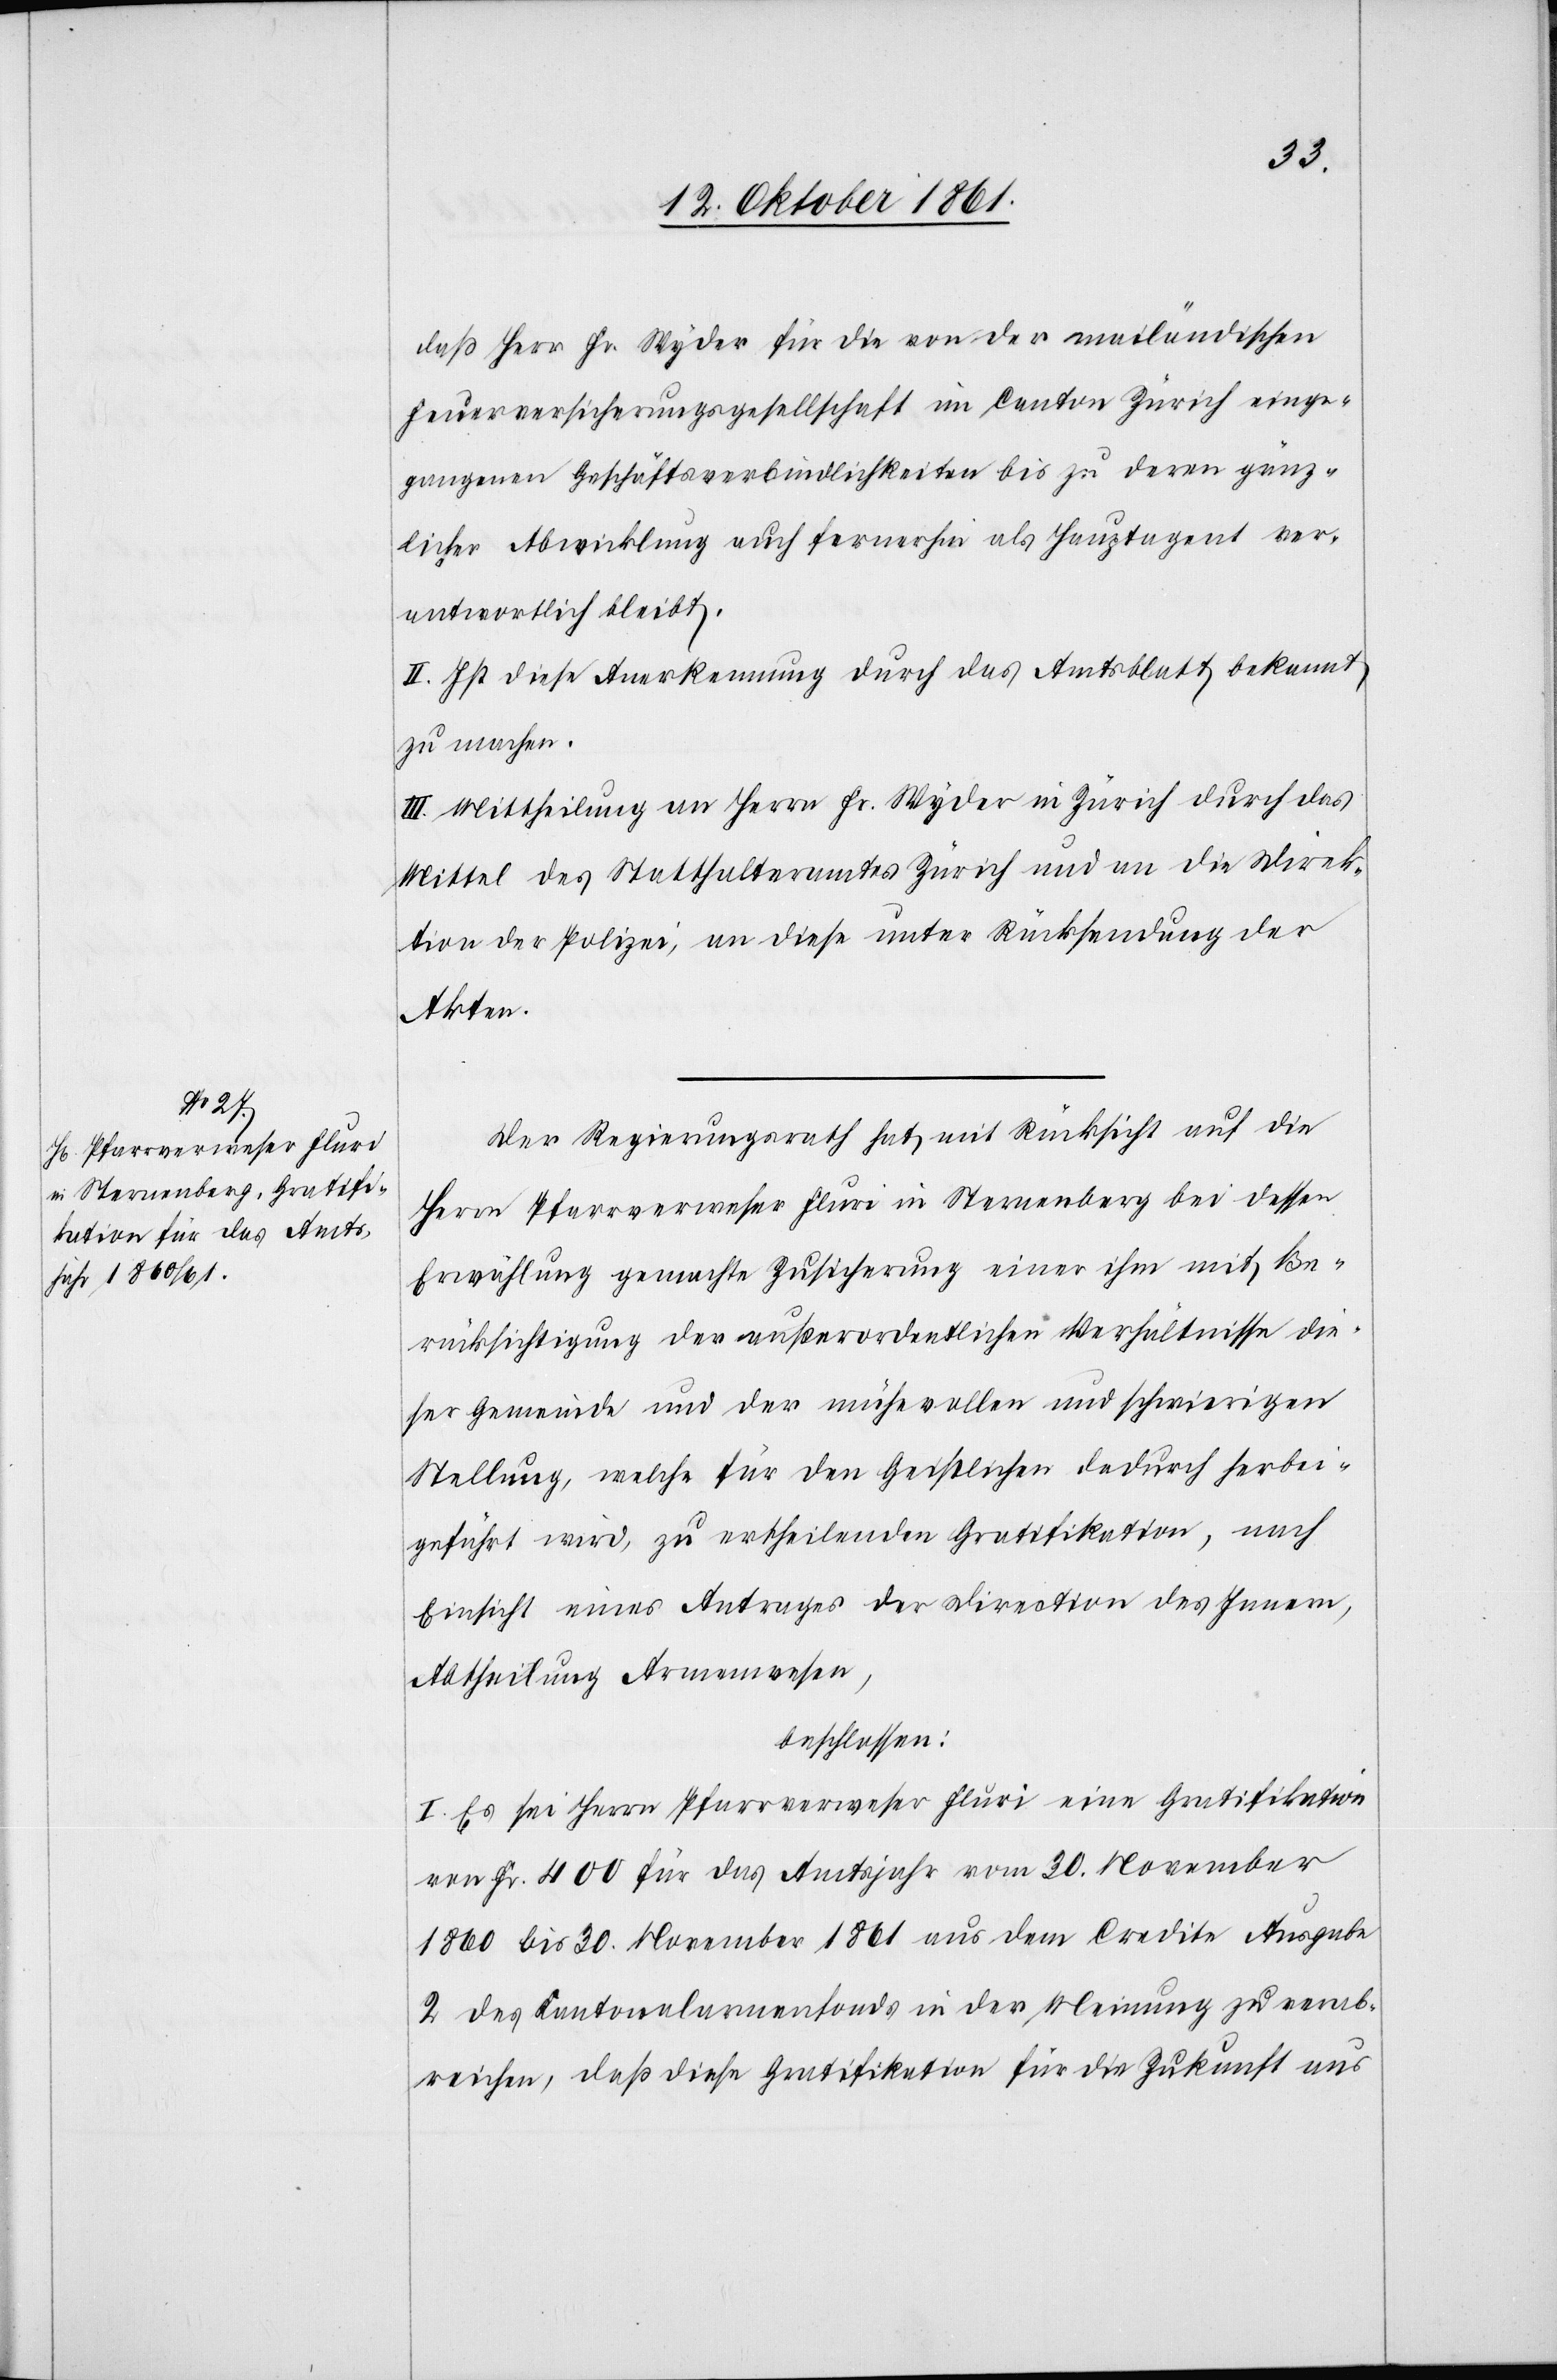
daß Herr Fr. Wyder für die von der mailändischen
Feuerversicherungsgesellschaft im Canton Zürich einge¬
gangenen Geschäftsverbindlichkeiten bis zu deren gänz¬
licher Abwicklung auch fernerhin als Hauptagent ver¬
antwortlich bleibt.
II. Ist diese Anerkennung durch das Amtsblatt bekannt
zu machen.
III. Mittheilung an Herrn Fr. Wyder in Zürich durch das
Mittel des Statthalteramtes Zürich und an die Direk¬
tion der Polizei, an diese unter Rücksendung der
Akten.
Der Regierungsrath hat mit Rücksicht auf die
Herrn Pfarrverweser Fluri in Sternenberg bei dessen
Erwählung gemachte Zusicherung einer ihm mit Be¬
rücksichtigung der außerordentlichen Verhältnisse die¬
ser Gemeinde und der mühevollen und schwierigen
Stellung, welche für den Geistlichen dadurch herbei¬
geführt wird, zu ertheilende Gratifikation, nach
Einsicht eine Antrages der Direktion des Innern,
Abtheilung Armenwesen,
beschlossen:
I. Es sei Herrn Pfarrverweser Fluri eine Gratifikation
von Fr. 400 für das Amtsjahr vom 30 November
1860 bis 30 November 1861 aus dem Credite Ausgabe
2 des Cantonalarmenfonds in der Meinung zu verab¬
reichen, daß diese Gratifikation für die Zukunft aus